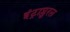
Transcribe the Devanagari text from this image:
इंट्राप्लुरल